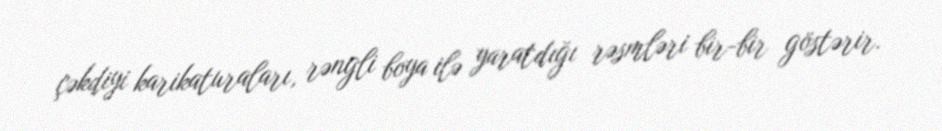
çəkdiyi karikaturaları, rəngli boya ilə yaratdığı rəsmləri bir-bir göstərir.